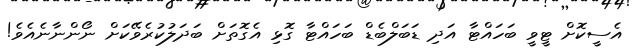
އެސީކޮށް ޓީވީ ބަހައްޓާ އަދި ޑަބަލްބެޑް ބަހައްޓާ ގޮޅި އެގޮތަށް ބަދަލުކުރެވޭކަށް ނޯންނާނެއެވެ!